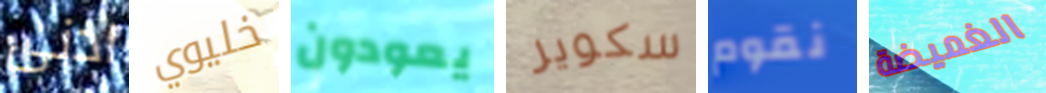
ادنى خليوي يعودون سكوير نقوم الغميضة